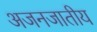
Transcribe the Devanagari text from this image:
अजनजातीय